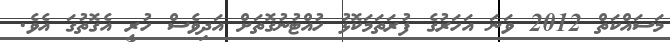
މަސައްކަތް 2012 ވަނަ އަހަރުގެ ފުރަތަމަކޮޅު ހުއްޓުނުގޮތަށް އަދިވެސް ހުރީ އެގޮތުގަ އެވެ.